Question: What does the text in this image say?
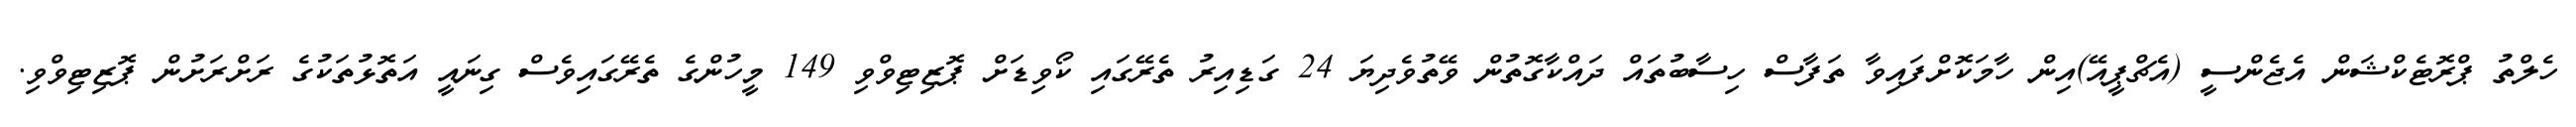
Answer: ހެލްތު ޕްރޮޓެކްޝަން އެޖެންސީ (އެޗްޕީއޭ)އިން ހާމަކޮށްފައިވާ ތަފާސް ހިސާބުތައް ދައްކާގޮތުން ވޭތުވެދިޔަ 24 ގަޑިއިރު ތެރޭގައި ކޯވިޑަށް ޕޮޒިޓިވްވި 149 މީހުންގެ ތެރޭގައިވެސް ގިނައީ އަތޮޅުތަކުގެ ރަށްރަށުން ޕޮޒިޓިވްވި.